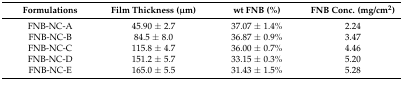
| Formulations | Film Thickness (μm) | wt FNB (%) | FNB Conc. (mg/cm2) |
 | --- | --- | --- | --- |
 | FNB-NC-A | 45.90 ± 2.7 | 37.07 ± 1.4% | 2.24 |
 | FNB-NC-B | 84.5 ± 8.0 | 36.87 ± 0.9% | 3.47 |
 | FNB-NC-C | 115.8 ± 4.7 | 36.00 ± 0.7% | 4.46 |
 | FNB-NC-D | 151.2 ± 5.7 | 33.15 ± 0.3% | 5.20 |
 | FNB-NC-E | 165.0 ± 5.5 | 31.43 ± 1.5% | 5.28 |